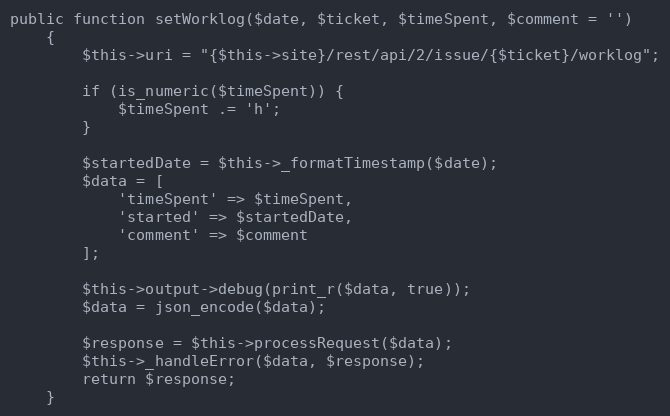
Language: PHP
public function setWorklog($date, $ticket, $timeSpent, $comment = '')
    {
        $this->uri = "{$this->site}/rest/api/2/issue/{$ticket}/worklog";

        if (is_numeric($timeSpent)) {
            $timeSpent .= 'h';
        }

        $startedDate = $this->_formatTimestamp($date);
        $data = [
            'timeSpent' => $timeSpent,
            'started' => $startedDate,
            'comment' => $comment
        ];

        $this->output->debug(print_r($data, true));
        $data = json_encode($data);

        $response = $this->processRequest($data);
        $this->_handleError($data, $response);
        return $response;
    }